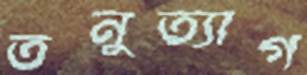
তনুত্যাগ